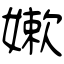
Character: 嫰